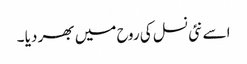
اسے نئی نسل کی روح میں بھر دیا ۔